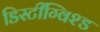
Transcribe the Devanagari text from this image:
डिस्टींग्विश्ड